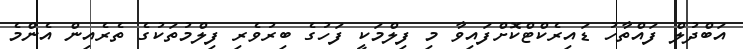
އަބްދުލް ފައްތާހު ޑައިރެކްޓްކޮށްފައިވާ މި ފިލްމަކީ ފަހުގެ ބިރުވެރި ފިލްމުތަކުގެ ތެރެއިން އެންމެ